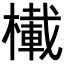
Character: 𪳾